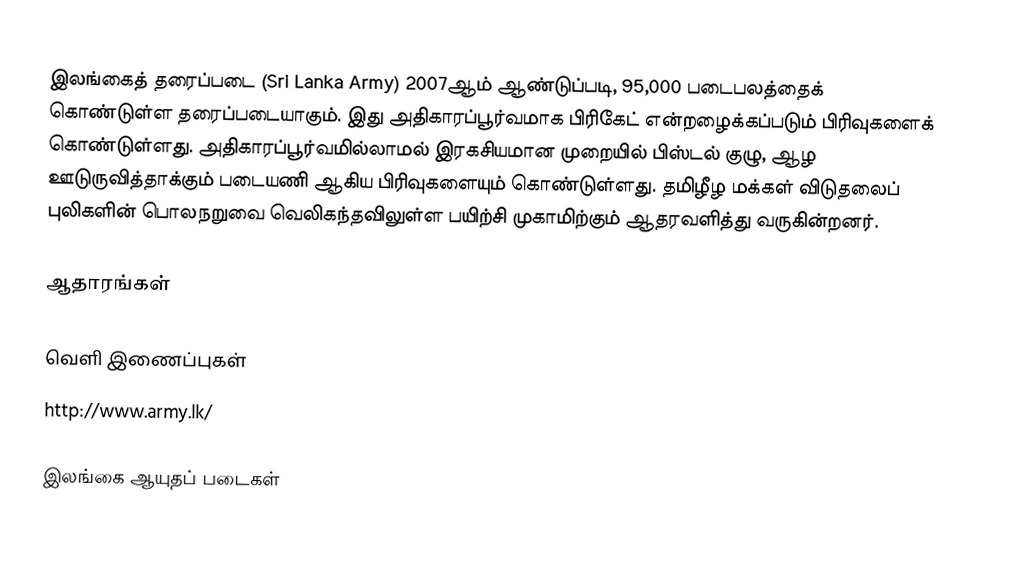
இலங்கைத் தரைப்படை (Sri Lanka Army) 2007ஆம் ஆண்டுப்படி, 95,000 படைபலத்தைக் கொண்டுள்ள தரைப்படையாகும். இது அதிகாரப்பூர்வமாக பிரிகேட் என்றழைக்கப்படும் பிரிவுகளைக் கொண்டுள்ளது. அதிகாரப்பூர்வமில்லாமல் இரகசியமான முறையில் பிஸ்டல் குழு, ஆழ ஊடுருவித்தாக்கும் படையணி ஆகிய பிரிவுகளையும் கொண்டுள்ளது. தமிழீழ மக்கள் விடுதலைப் புலிகளின் பொலநறுவை வெலிகந்தவிலுள்ள பயிற்சி முகாமிற்கும் ஆதரவளித்து வருகின்றனர்.

ஆதாரங்கள்

வெளி இணைப்புகள்
http://www.army.lk/

இலங்கை ஆயுதப் படைகள்